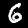
Label: 6